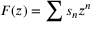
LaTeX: F ( z ) = \sum { s _ { n } z ^ { n } }